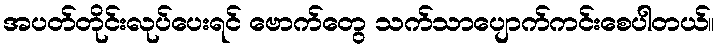
အပတ်တိုင်းလုပ်ပေးရင် ဗောက်တွေ သက်သာပျောက်ကင်းစေပါတယ်။